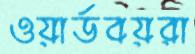
ওয়ার্ডবয়রা